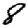
Digit: 8